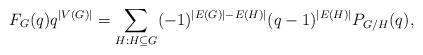
LaTeX: \begin{align*}F_G(q) q^{|V(G)|}=\sum_{H: H\subseteq G} (-1)^{|E(G)|-E(H)|}(q-1)^{|E(H)|}P_{G/H}(q),\end{align*}